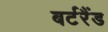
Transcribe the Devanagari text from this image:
बर्टरैंड